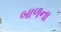
બાળના